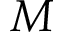
M